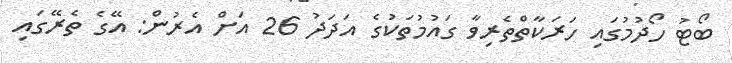
ބޯޓު ހޯދުމުގައި ހަރަކާތްތެރިވާ ގައުމުތަކުގެ އަދަދު 26 އަށް އެރުން: އޭގެ ތެރޭގައި